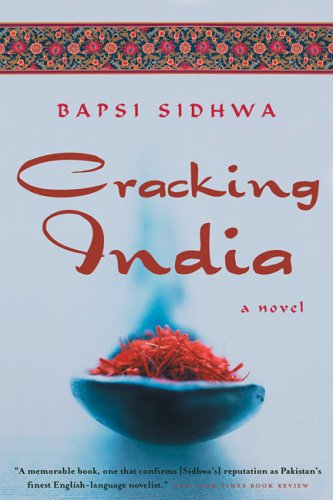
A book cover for Cracking India: A Novel; Bapsi Sidhwa; Literature & Fiction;